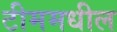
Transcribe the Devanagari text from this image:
टीममधील